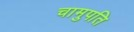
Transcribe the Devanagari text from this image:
चामुपति